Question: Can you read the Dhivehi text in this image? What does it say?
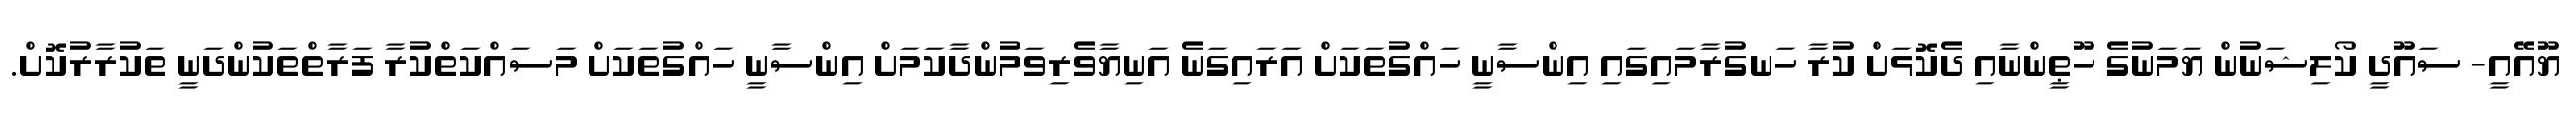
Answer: ޔޫއޭއީ- ސައޫދީ ކޯލިޝަނުން ޔަމަނުގެ ހޫޠީންނާއި ދެކޮޅަށް ކުރާ ހަނގުރާމައިގައި އިންސާނީ ހައްގުތަކަށް އަރައިގަނެ އަނިޔާވެރިވަމުންދާކަމަށް އިންސާނީ ހައްގުތަކަށް މަސައްކަތްކުރާ ފަރާތްތަކުންދަނީ ތަކުރާރުކޮށް.